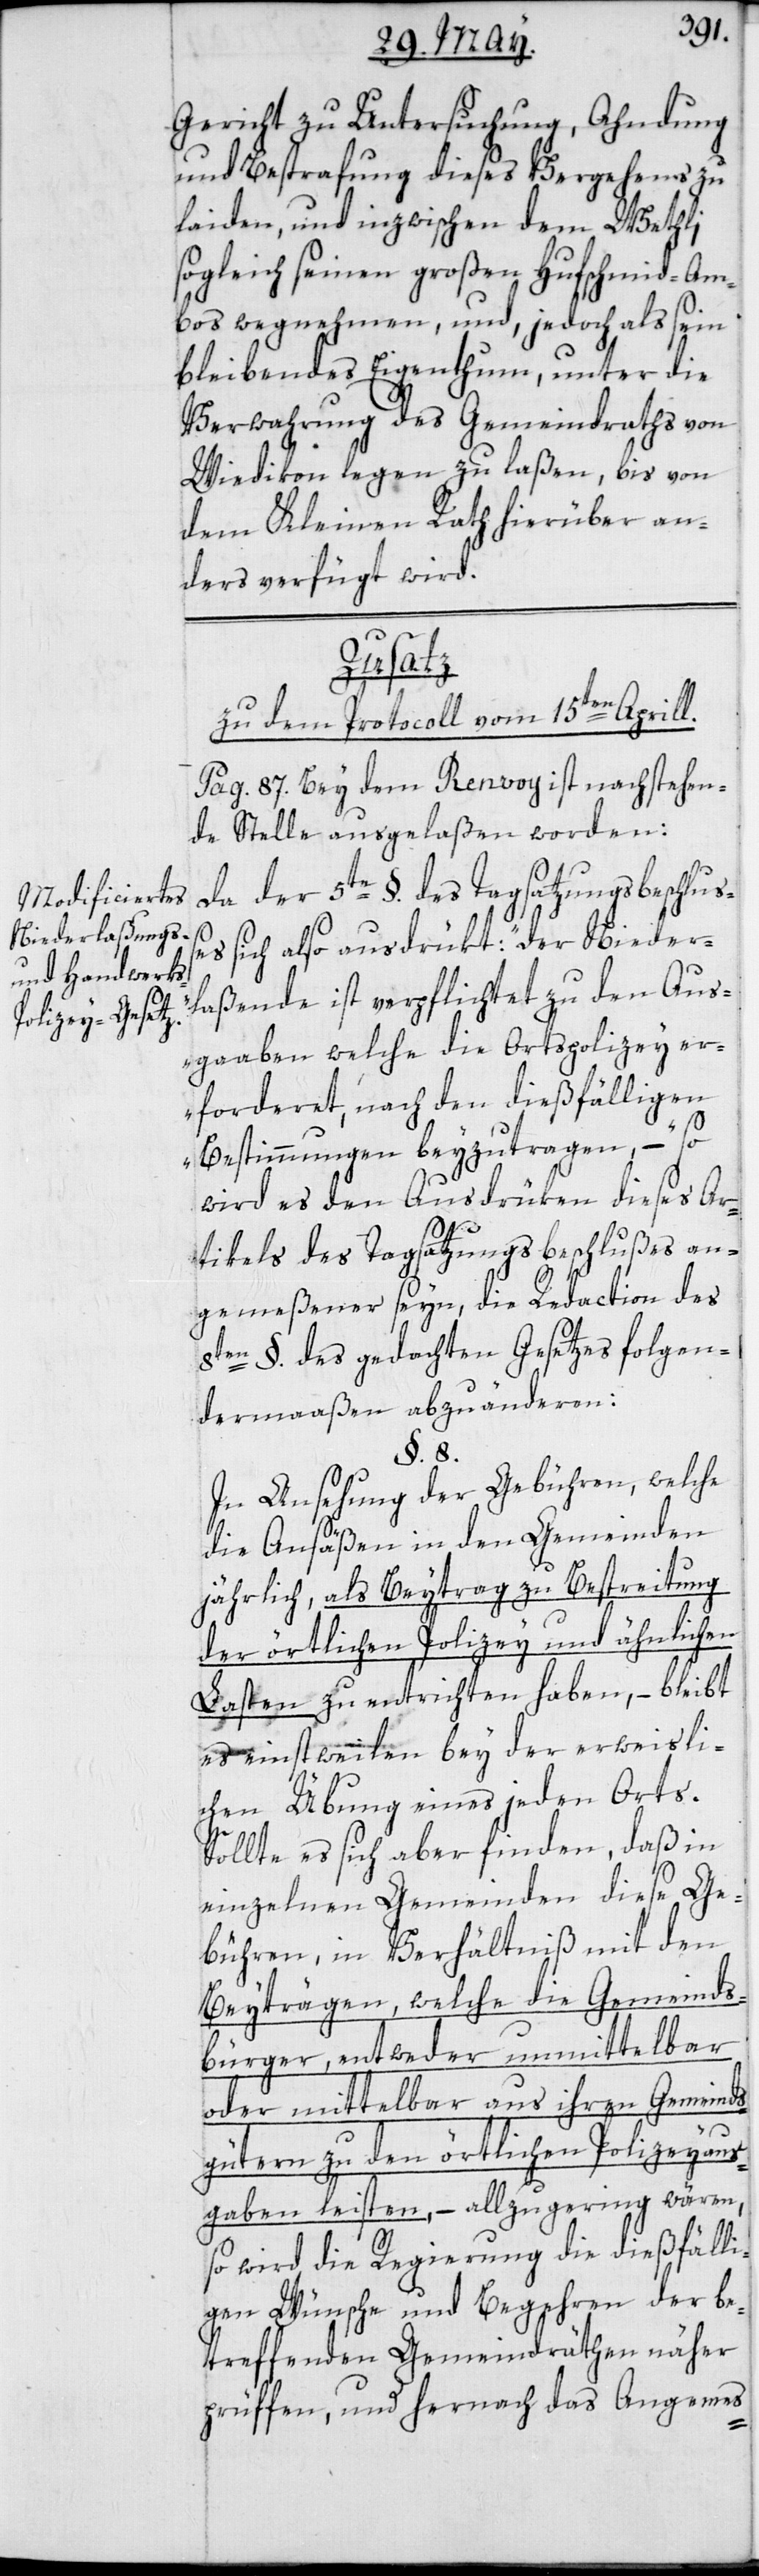
gericht zu Untersuchung, Ahndung
und Bestrafung dieses Vergehens zu
laiden, und inzwischen dem Wethli
sogleich seinen großen Hufschmied-Am¬
bos wegnehmen, und, jedoch als sein
bleibendes Eigenthum, unter die
Verwahrung des Gemeindraths von
Wiedikon legen zu laßen, bis von
dem Kleinen Rath hierüber an¬
ders verfügt wird.
Zusatz
zu dem Protocoll vom 15ten Aprill.
Pag. 87. Bey dem Renvoy ist nachstehen¬
de Stelle ausgelaßen worden:
Da der 5te §. des Tagsatzungsbeschluß¬
es sich also ausdrükt: „Der Nieder¬
laßende ist verpflichtet zu den Aus¬
gaaben, welche die Ortspolizey er¬
forderet, nach den dießfälligen
Bestimmungen beyzutragen“, – so
wird es den Ausdrüken dieses Ar¬
tikels des Tagsatzungsbeschlußes an¬
gemeßener seyn, die Redaction des
8ten §. des gedachten Gesetzes folgen¬
dermaaßen abzuändern:
§. 8.
In Ansehung der Gebühren, welche
die Ansäßen in den Gemeinden
jährlich, als Beytrag zu Bestreitung
der örtlichen Polizey und ähnlichen
Lasten zu entrichten haben, – bleibt
es einstweilen bey der erweisli¬
chen Übung eines jeden Orts.
Sollte es sich aber finden, daß in
einzelnen Gemeinden diese Ge¬
bühren, in Verhältniß mit den
Beyträgen, welche die Gemeinds¬
bürger, entweder unmittelbar
oder mittelbar aus ihren Gemeinds¬
gütern zu den örtlichen Polizeyaus¬
gaben leisten, – allzu gering wären,
so wird die Regierung die dießfälli¬
gen Wünsche und Begehren der be¬
treffenden Gemeindräthen näher
prüffen, und hernach das Angemes-